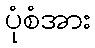
ပုံစံအား